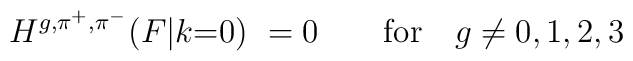
H^{g,\pi^+,\pi^-}(F|k{=}0)\ = 0 \qquad {\rm for} \quad g \neq 0,1,2,3